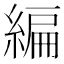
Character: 編